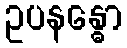
ဥပနန္ဓော